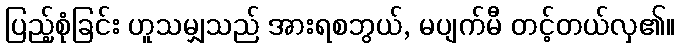
ပြည့်စုံခြင်း ဟူသမျှသည် အားရစဘွယ်, မပျက်မီ တင့်တယ်လှ၏။